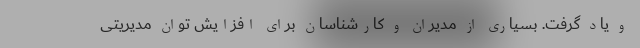
و یاد گرفت. بسیاری از مدیران و کارشناسان برای افزایش توان مدیریتی